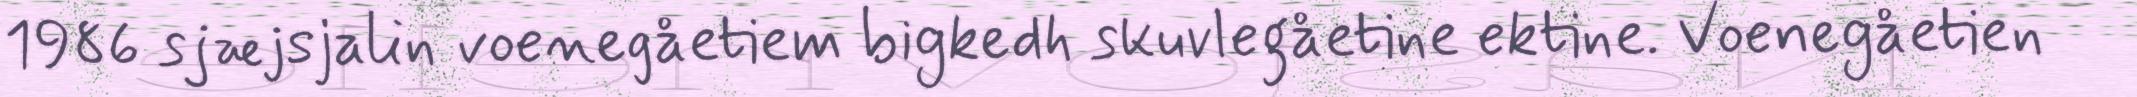
1986 sjæjsjalin voenegåetiem bigkedh skuvlegåetine ektine. Voenegåetien